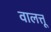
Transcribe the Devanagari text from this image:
वालत्तू